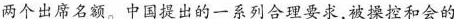
两个出席名额。中国提出的一系列合理要求，被操控和会的